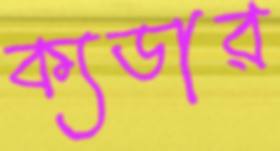
ক্যডার